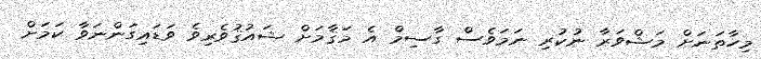
މިހާތަނަށް މަޝްވަރާ ނުކުރި ނަމަވެސް ގާސިމް އެ މަޤާމަށް ޝައުޤުވެރިވެ ވަޑައިގަންނަވާ ކަމަށް